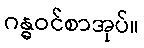
ဂန္ဓဝင်စာအုပ်။